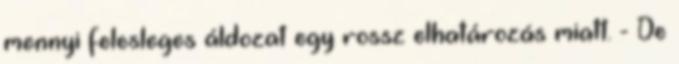
mennyi felesleges áldozat egy rossz elhatározás miatt. - De